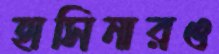
হাসিনারও